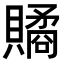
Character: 𧷾